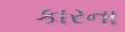
કારના